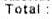
TOTAL :